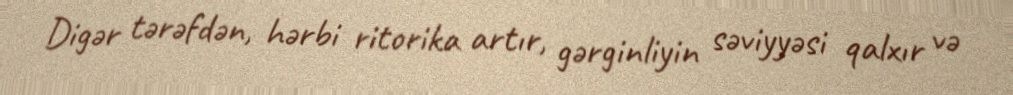
Digər tərəfdən, hərbi ritorika artır, gərginliyin səviyyəsi qalxır və